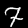
Digit: 7